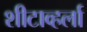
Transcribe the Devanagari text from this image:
शीटाव्हर्ला